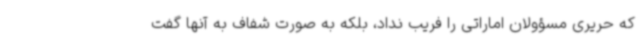
که حریری مسؤولان اماراتی را فریب نداد، بلکه به صورت شفاف به آنها گفت